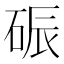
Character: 𪿟